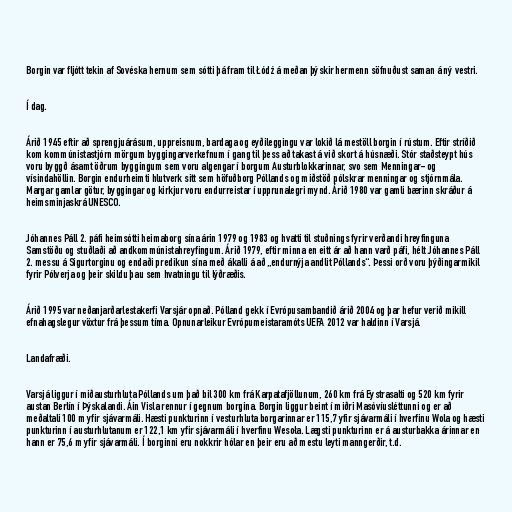
Borgin var fljótt tekin af Sovéska hernum sem sótti þá fram til Łódź á meðan þýskir hermenn söfnuðust saman á ný vestri.

Í dag.

Árið 1945 eftir að sprengjuárásum, uppreisnum, bardaga og eyðileggingu var lokið lá mestöll borgin í rústum. Eftir stríðið
kom kommúnistastjórn mörgum byggingarverkefnum í gang til þess að takast á við skort á húsnæði. Stór staðsteypt hús
voru byggð ásamt öðrum byggingum sem voru algengar í borgum Austurblokkarinnar, svo sem Menningar- og
vísindahöllin. Borgin endurheimti hlutverk sitt sem höfuðborg Póllands og miðstöð pólskrar menningar og stjórnmála.
Margar gamlar götur, byggingar og kirkjur voru endurreistar í upprunalegri mynd. Árið 1980 var gamli bærinn skráður á
heimsminjaskrá UNESCO.

Jóhannes Páll 2. páfi heimsótti heimaborg sína árin 1979 og 1983 og hvatti til stuðnings fyrir verðandi hreyfinguna
Samstöðu og stuðlaði að andkommúnistahreyfingum. Árið 1979, eftir minna en eitt ár að hann varð páfi, hélt Jóhannes Páll
2. messu á Sigurtorginu og endaði predikun sína með ákalli á að „endurnýja andlit Póllands“. Þessi orð voru þýðingarmikil
fyrir Pólverja og þeir skildu þau sem hvatningu til lýðræðis.

Árið 1995 var neðanjarðarlestakerfi Varsjár opnað. Pólland gekk í Evrópusambandið árið 2004 og þar hefur verið mikill
efnahagslegur vöxtur frá þessum tíma. Opnunarleikur Evrópumeistaramóts UEFA 2012 var haldinn í Varsjá.

Landafræði.

Varsjá liggur í miðausturhluta Póllands um það bil 300 km frá Karpatafjöllunum, 260 km frá Eystrasalti og 520 km fyrir
austan Berlín í Þýskalandi. Áin Visla rennur í gegnum borgina. Borgin liggur beint í miðri Masóvíusléttunni og er að
meðaltali 100 m yfir sjávarmáli. Hæsti punkturinn í vesturhluta borgarinnar er 115,7 yfir sjávarmáli í hverfinu Wola og hæsti
punkturinn í austurhlutanum er 122,1 km yfir sjávarmáli í hverfinu Wesoła. Lægsti punkturinn er á austurbakka árinnar en
hann er 75,6 m yfir sjávarmáli. Í borginni eru nokkrir hólar en þeir eru að mestu leyti manngerðir, t.d.